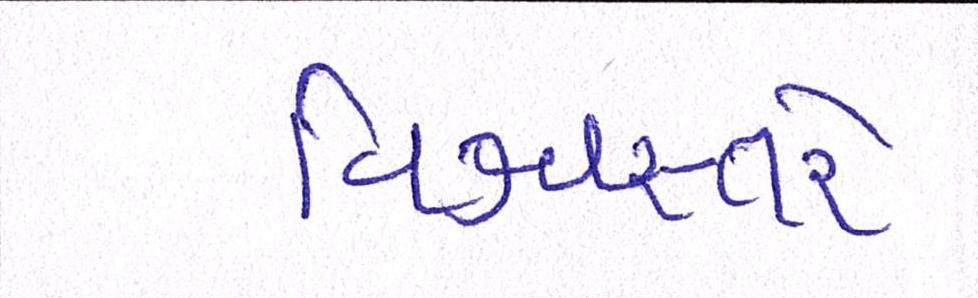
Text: વિશ્વસ્તરે